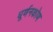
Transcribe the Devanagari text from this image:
घूर्णनकोण